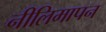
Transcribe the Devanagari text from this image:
नीलिमापन